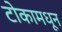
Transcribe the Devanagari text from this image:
टोकामधून